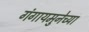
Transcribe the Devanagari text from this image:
गंगायमुनेच्या